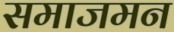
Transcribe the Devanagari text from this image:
समाजमन